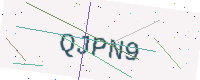
Text: QJPN9